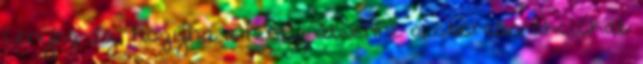
Lényeg az, hogyha a ninty átvenné a storeos akciókat